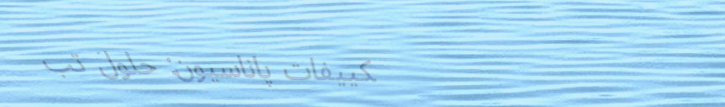
تكييفات پاناسيون: حلول تب